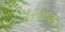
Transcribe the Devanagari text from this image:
३२७च्या